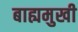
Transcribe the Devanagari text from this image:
बाह्यमुखी